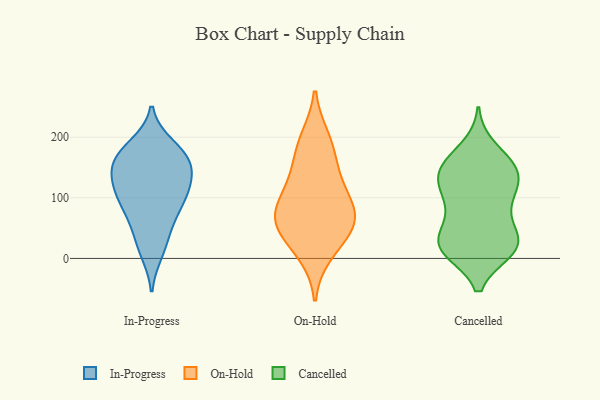
{"axis": {"x": "Tickets Resolved", "y": "Value"}, "legend": ["Cancelled", "In-Progress", "On-Hold"], "data": [{"x": "", "y": 175, "type": "In-Progress"}, {"x": "", "y": 185, "type": "In-Progress"}, {"x": "", "y": 111, "type": "In-Progress"}, {"x": "", "y": 132, "type": "In-Progress"}, {"x": "", "y": 165, "type": "In-Progress"}, {"x": "", "y": 75, "type": "In-Progress"}, {"x": "", "y": 99, "type": "In-Progress"}, {"x": "", "y": 112, "type": "In-Progress"}, {"x": "", "y": 87, "type": "In-Progress"}, {"x": "", "y": 131, "type": "In-Progress"}, {"x": "", "y": 148, "type": "In-Progress"}, {"x": "", "y": 25, "type": "In-Progress"}, {"x": "", "y": 169, "type": "In-Progress"}, {"x": "", "y": 161, "type": "In-Progress"}, {"x": "", "y": 54, "type": "In-Progress"}, {"x": "", "y": 11, "type": "In-Progress"}, {"x": "", "y": 78, "type": "On-Hold"}, {"x": "", "y": 43, "type": "On-Hold"}, {"x": "", "y": 71, "type": "On-Hold"}, {"x": "", "y": 53, "type": "On-Hold"}, {"x": "", "y": 70, "type": "On-Hold"}, {"x": "", "y": 115, "type": "On-Hold"}, {"x": "", "y": 177, "type": "On-Hold"}, {"x": "", "y": 10, "type": "On-Hold"}, {"x": "", "y": 133, "type": "On-Hold"}, {"x": "", "y": 196, "type": "On-Hold"}, {"x": "", "y": 122, "type": "Cancelled"}, {"x": "", "y": 20, "type": "Cancelled"}, {"x": "", "y": 16, "type": "Cancelled"}, {"x": "", "y": 75, "type": "Cancelled"}, {"x": "", "y": 32, "type": "Cancelled"}, {"x": "", "y": 147, "type": "Cancelled"}, {"x": "", "y": 36, "type": "Cancelled"}, {"x": "", "y": 97, "type": "Cancelled"}, {"x": "", "y": 18, "type": "Cancelled"}, {"x": "", "y": 79, "type": "Cancelled"}, {"x": "", "y": 24, "type": "Cancelled"}, {"x": "", "y": 18, "type": "Cancelled"}, {"x": "", "y": 181, "type": "Cancelled"}, {"x": "", "y": 154, "type": "Cancelled"}, {"x": "", "y": 14, "type": "Cancelled"}, {"x": "", "y": 153, "type": "Cancelled"}, {"x": "", "y": 118, "type": "Cancelled"}, {"x": "", "y": 151, "type": "Cancelled"}, {"x": "", "y": 116, "type": "Cancelled"}, {"x": "", "y": 141, "type": "Cancelled"}]}